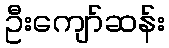
ဦးကျော်ဆန်း